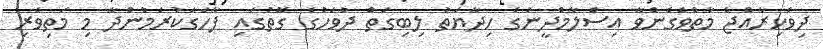
ދިވެހިރާއްޖެ މާތްވެގެންވާ އިސްލާމްދީނުގެ ހިދާޔަތު ލިބިގަތް ދުވަހުގެ ގޮތުގައި ފާހަގަކުރަމުންދާ މި މަތިވެރި